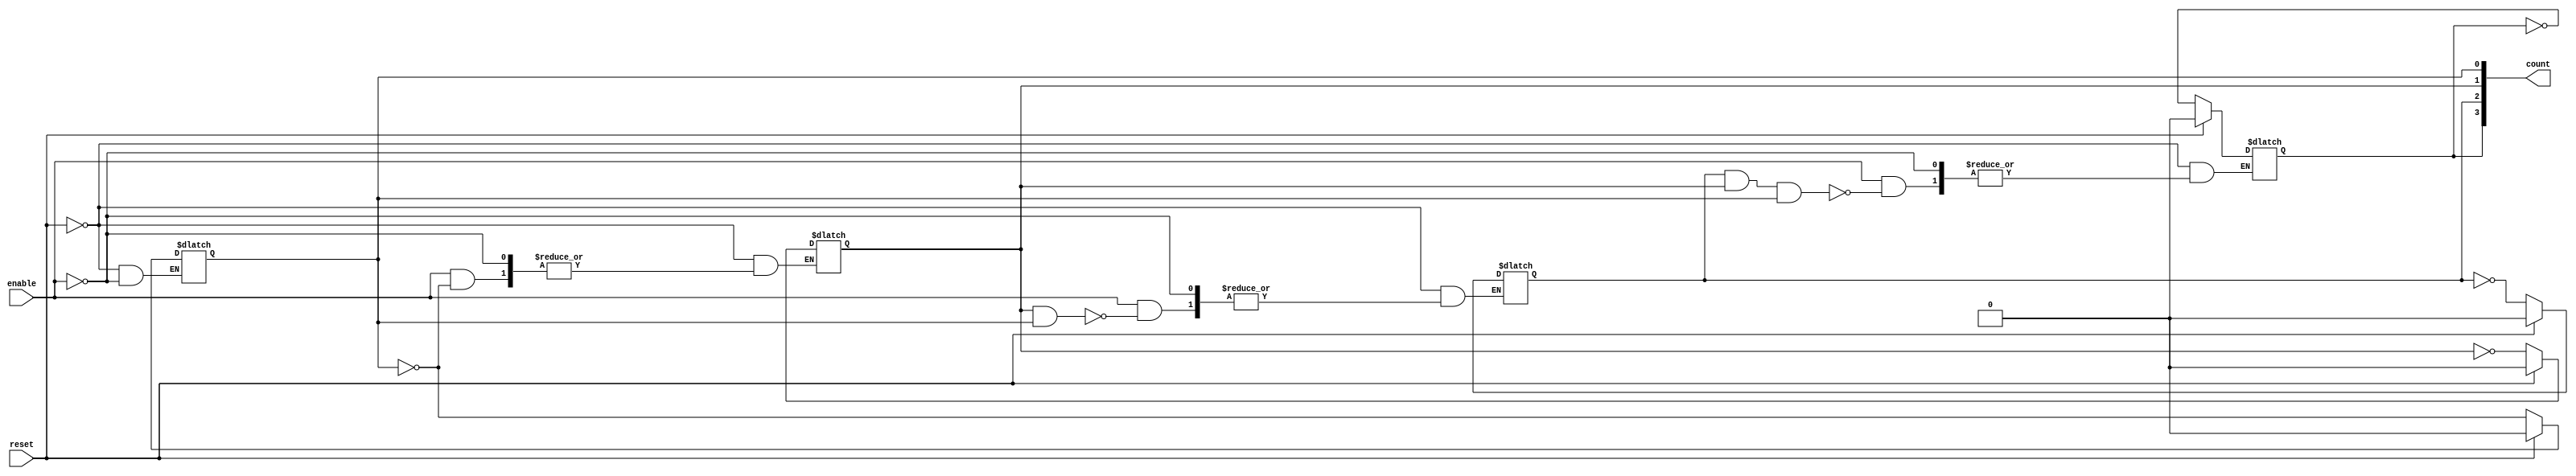
module async_counter (
    input wire enable,        // Enable signal to increment the counter
    input wire reset,         // Asynchronous reset signal
    output reg [3:0] count    // 4-bit counter output
);

// Asynchronous reset logic
always @(*) begin
    if (reset) begin
        count <= 4'b0000;    // Reset the counter to zero
    end else if (enable) begin
        // Count logic
        count[0] <= ~count[0]; // Toggle least significant bit
        // Toggle the rest of the bits based on the previous bits
        count[1] <= count[0] ? ~count[1] : count[1];
        count[2] <= (count[1] & count[0]) ? ~count[2] : count[2];
        count[3] <= (count[2] & count[1] & count[0]) ? ~count[3] : count[3];
    end
end

endmodule